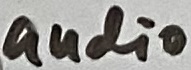
Text: audio